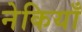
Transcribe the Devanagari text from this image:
नेकियाँ